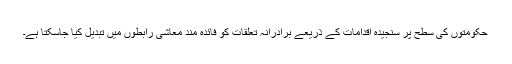
حکومتوں کی سطح پر سنجیدہ اقدامات کے ذریعے برادرانہ تعلقات کو فائدہ مند معاشی رابطوں میں تبدیل کیا جاسکتا ہے۔